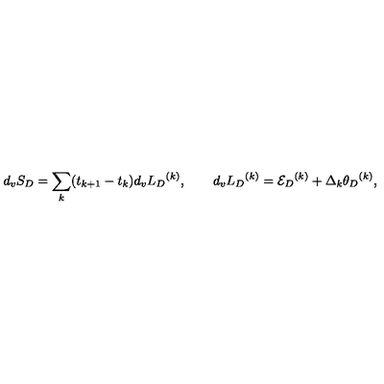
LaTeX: d _ { v } S _ { D } = \sum _ { k } ( t _ { k + 1 } - t _ { k } ) d _ { v } { L _ { D } } ^ { ( k ) } , \qquad d _ { v } { L _ { D } } ^ { ( k ) } = { { \cal E } _ { D } } ^ { ( k ) } + \Delta _ { k } { \theta _ { D } } ^ { ( k ) } ,